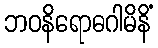
ဘဝနိရောဓဂါမိနိံ